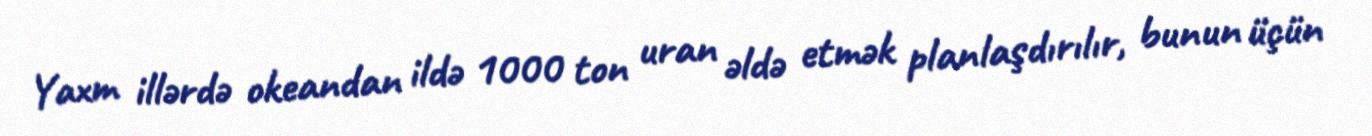
Yaxm illərdə okeandan ildə 1000 ton uran əldə etmək planlaşdırılır, bunun üçün